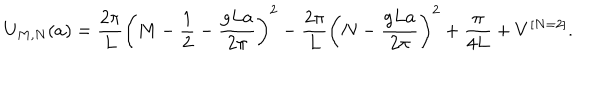
LaTeX: U _ { M , N } ( a ) = { \frac { 2 \pi } { L } } \left( M - { \frac { 1 } { 2 } } - { \frac { g L a } { 2 \pi } } \right) ^ { 2 } - { \frac { 2 \pi } { L } } \left( N - { \frac { g L a } { 2 \pi } } \right) ^ { 2 } + { \frac { \pi } { 4 L } } + V ^ { [ N = 2 ] } .